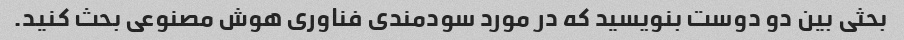
بحثی بین دو دوست بنویسید که در مورد سودمندی فناوری هوش مصنوعی بحث کنید.